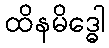
ထိနမိဒ္ဓေါ